Vaccination in Bombay 1863-1868 - 1863-1868
Year: 1863
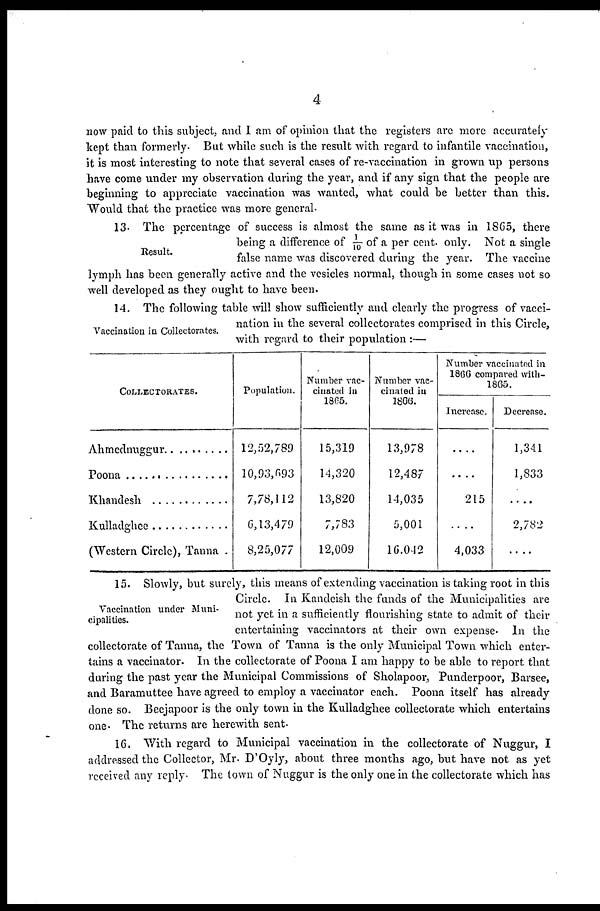
4
now paid to this subject, and I am of opinion that the registers are more accurately
kept than formerly. But while such is the result with regard to infantile vaccination,
it is most interesting to note that several cases of re-vaccination in grown up persons
have come under my observation during the year, and if any sign that the people are
beginning to appreciate vaccination was wanted, what could be better than this.
Would that the practice was more general.
Result.
13. The percentage of success is almost the same as it was in 1865, there
being a difference of 1/10 of a per cent. only. Not a single
false name was discovered during the year. The vaccine
lymph has been generally active and the vesicles normal, though in some cases not so
well developed as they ought to have been.
Vaccination in Collectorates.
14. The following table will show sufficiently and clearly the progress of vacci-
nation in the several collectorates comprised in this Circle,
with regard to their population :—
COLLECTORATES.
Ahmednuggur ...........
Poona ........................
Khandesh ..................
Kulladghee ...............
(Western Circle), Tanna .
Population.
12,52,789
10,93,693
7,78,112
6,13,479
8,25,077
Number vac-
cinated in
1865.
15,319
14,320
13,820
7,783
12,009
Number vac-
cinated in
1866.
13,978
12,487
14,035
5,001
16,042
Number vaccinated in
1866 compared with-
1865.
Increase.
....
....
215
....
4,033
Decrease.
1,341
1,833
....
2,782
....
Vaccination under Muni-
cipalities.
15. Slowly, but surely, this means of extending vaccination is taking root in this
Circle. In Kandeish the funds of the Municipalities are
not yet in a sufficiently flourishing state to admit of their
entertaining vaccinators at their own expense. In the
collectorate of Tanna, the Town of Tanna is the only Municipal Town which enter-
tains a vaccinator. In the collectorate of Poona I am happy to be able to report that
during the past year the Municipal Commissions of Sholapoor, Punderpoor, Barsee,
and Baramuttee have agreed to employ a vaccinator each. Poona itself has already
done so. Beejapoor is the only town in the Kulladghee collectorate which entertains
one. The returns are herewith sent.
16. With regard to Municipal vaccination in the collectorate of Nuggur, I
addressed the Collector, Mr. D'Oyly, about three months ago, but have not as yet
received any reply. The town of Nuggur is the only one in the collectorate which has